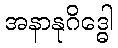
အနာနုဂိဒ္ဓေါ